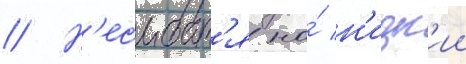
// Н'есмотр'я на́ н'изк'ии